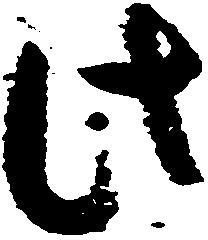
此